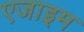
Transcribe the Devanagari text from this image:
एजाइम